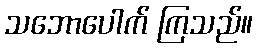
သဘောပေါက် ကြသည်။